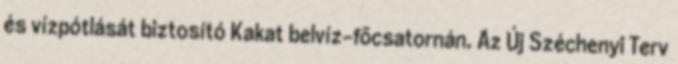
és vízpótlását biztosító Kakat belvíz-fõcsatornán. Az Új Széchenyi Terv